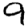
Digit: 9